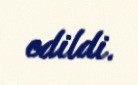
edildi.